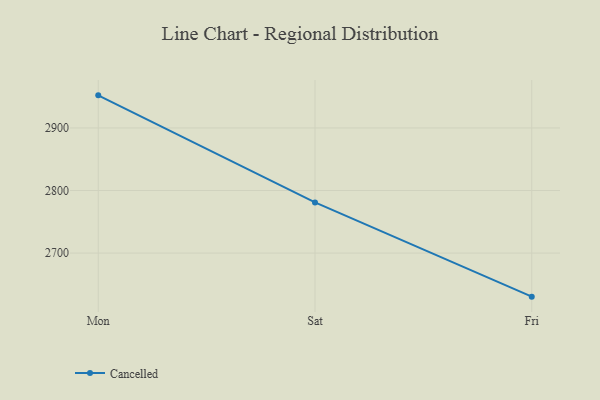
{"axis": {"x": "Day", "y": "Active Users"}, "legend": ["Cancelled"], "data": [{"x": "Mon", "y": 2952.1, "type": "Cancelled"}, {"x": "Sat", "y": 2780.9, "type": "Cancelled"}, {"x": "Fri", "y": 2630.3, "type": "Cancelled"}]}